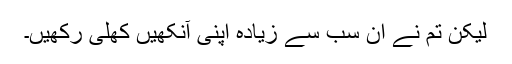
لیکن تم نے ان سب سے زیادہ اپنی آنکھیں کھلی رکھیں۔